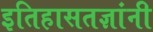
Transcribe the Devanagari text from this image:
इतिहासतज्ञांनी